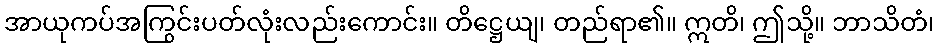
အာယုကပ်အကြွင်းပတ်လုံးလည်းကောင်း။ တိဋ္ဌေယျ၊ တည်ရာ၏။ ဣတိ၊ ဤသို့။ ဘာသိတံ၊